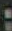
: